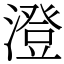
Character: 澄